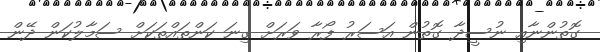
ގޮތުންނާއި ނުސީދާ ގޮތުން އަސަރު ފޯރާ ވަރަށް ގިނަ ކަންތައްތަކަށް ސަމާލުކަން ދޭން